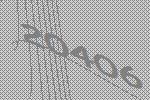
20406